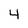
Character: 4